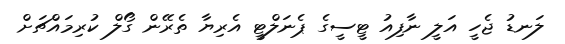
ލަނޑު ޖެހީ އަލީ ނާފިއު ޓީސީގެ ޕެނަލްޓީ އެރިޔާ ތެރޭން ގޯލް ކުރިމައްޗަށް